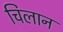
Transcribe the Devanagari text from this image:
चिलान